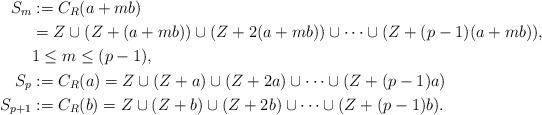
LaTeX: \begin{align*}S_m &:= C_R(a + mb)\\&=Z \cup (Z + (a + mb)) \cup (Z + 2(a + mb)) \cup \dots \cup (Z + (p - 1)(a + mb)),\\ & 1 \leq m \leq (p - 1),\\S_p &:= C_R(a) = Z \cup (Z + a) \cup (Z + 2a) \cup \dots \cup (Z + (p - 1)a) \\S_{p + 1} &:= C_R(b) = Z \cup (Z + b) \cup (Z + 2b) \cup \dots \cup (Z + (p - 1)b). \end{align*}